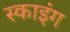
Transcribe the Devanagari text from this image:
स्काइंग